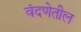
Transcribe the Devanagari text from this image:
वंदणेतील